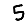
Digit: 5